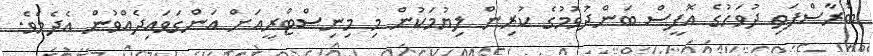
ބުރާސްފަތި ދުވަހުގެ އޮފީސް ބަންދުވުމުގެ ކުރިން ލިޔުމަކުން މި މިނިސްޓްރީއަށް އަންގަވައިދެއްވުން އެދެމެވެ.